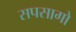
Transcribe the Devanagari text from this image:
सपसागो